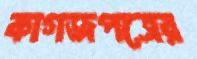
কাগজপত্রের